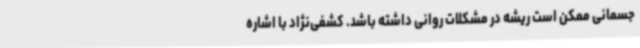
جسمانی ممکن است ریشه در مشکلات روانی داشته باشد. کشفی‌نژاد با اشاره